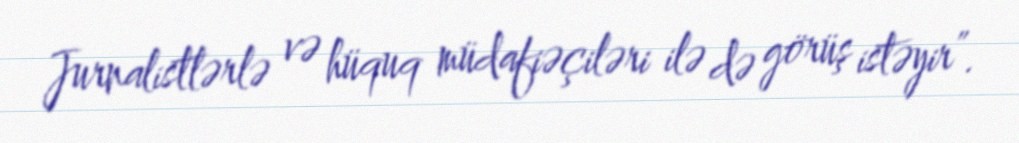
Jurnalistlərlə və hüquq müdafiəçiləri ilə də görüş istəyir”.